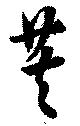
芙